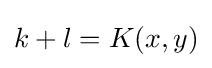
k+l=K(x,y)